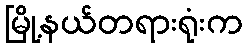
မြို့နယ်တရားရုံးက